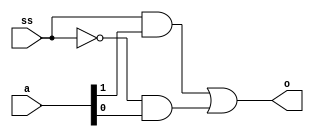
`timescale 1ns / 1ps
//////////////////////////////////////////////////////////////////////////////////
// Company: 
// Engineer: 
// 
// Design Name: 
// Module Name: multiplexer
// Project Name: 
// Target Devices: 
// Tool Versions: 
// Description: 
// 
// Dependencies: 
// 
// Revision:
// Revision 0.01 - File Created
// Additional Comments:
// 
//////////////////////////////////////////////////////////////////////////////////


module multiplexer2_1(input [1:0] a, input ss, output o);
    
    wire n;
    wire n1, n2;
    not g (n,ss);
    and g1 (n1, ss, a[1]);
    and g2 (n2, n, a[0]);
    or g3 (o, n1, n2);

endmodule